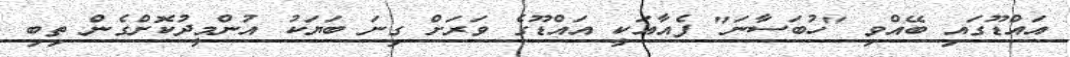
އައްޑޫގައި ބޭއްވި "ހުބަސާނަ" ފެއާއަކީ އައްޑޫގެ ވަރަށް ގިނަ ބަޔަކު އުންމީދުކޮށްގެން ތިބި